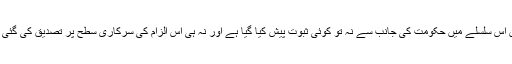
لیکن اس سلسلے میں حکومت کی جانب سے نہ تو کوئی ثبوت پیش کیا گیا ہے اور نہ ہی اس الزام کی سرکاری سطح پر تصدیق کی گئی ہے۔